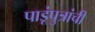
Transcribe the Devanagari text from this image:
पाडूंपुत्रांची